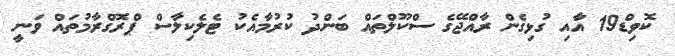
ކޮވިޑް19 އާއި ގުޅިގެން ރާއްޖޭގެ ސްކޫލްތައް ބަންދު ކުރުމާއެކު ޓެލެކިލާސް ޕްރޮގްރާމުތައް ވަނީ